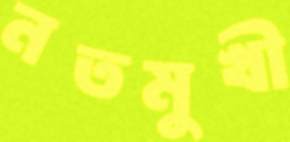
নতমুখী